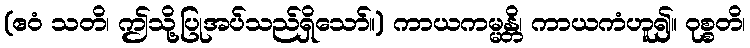
(ဧဝံ သတိ၊ ဤသို့ပြုအပ်သည်ရှိသော်။) ကာယကမ္မန္တိ၊ ကာယကံဟူ၍။ ဝုစ္စတိ၊